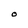
Character: O